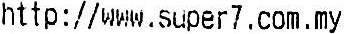
HTTP : // WWW.SUPER7.COM.MY